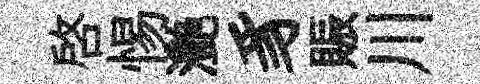
啓惕灧豸賑川